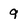
Character: 9